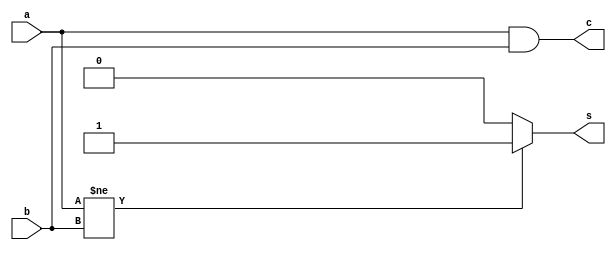
/******************
* Half Adder      *
* Behavioural      *
* Specification 2 *
*******************/

module HalfAdd_Behavioral2 (
    a, b, c,s
);
input a,b;
output c;
output reg s;
always @(a,b) begin
    if(a!=b)
        s=1;
    else
     s=0;
end
assign c=a&b;

endmodule